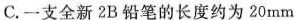
C.一支全新2B铅笔的长度约为20mm